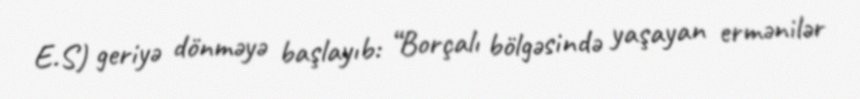
E.S) geriyə dönməyə başlayıb: “Borçalı bölgəsində yaşayan ermənilər